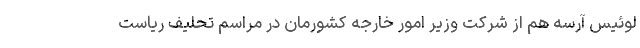
لوئیس آرسه هم از شرکت وزیر امور خارجه کشورمان در مراسم تحلیف ریاست